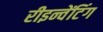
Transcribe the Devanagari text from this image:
रीइन्वेंटिंग